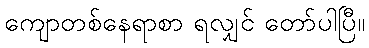
ကျောတစ်နေရာစာ ရလျှင် တော်ပါပြီ။